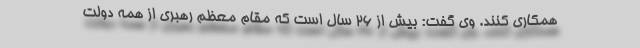
همکاری کنند. وی گفت: بیش از ۲۶ سال است که مقام معظم رهبری از همه دولت